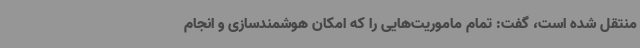
منتقل شده است، گفت: تمام ماموریت‌هایی را که امکان هوشمندسازی و انجام